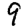
Digit: 9